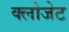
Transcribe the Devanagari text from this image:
क्लोजेट